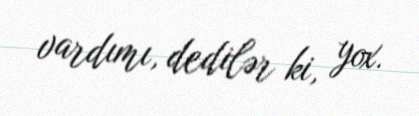
vardımı, dedilər ki, yox.